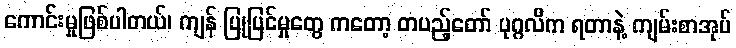
ကောင်းမှုဖြစ်ပါတယ်၊ ကျန် ပြုပြင်မှုတွေ ကတော့ တပည့်တော် ပုဂ္ဂလိက ရတာနဲ့ ကျမ်းစာအုပ်